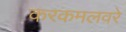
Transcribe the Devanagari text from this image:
करकमलवरे